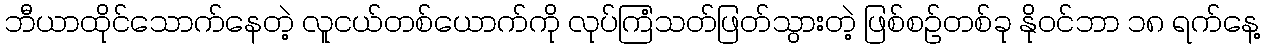
ဘီယာထိုင်သောက်နေတဲ့ လူငယ်တစ်ယောက်ကို လုပ်ကြံသတ်ဖြတ်သွားတဲ့ ဖြစ်စဉ်တစ်ခု နိုဝင်ဘာ ၁၈ ရက်နေ့